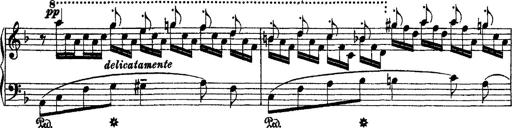
Title: 2 KonzertetÃ¼den
Composer: Franz Liszt